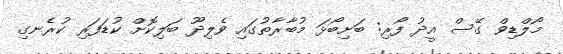
މޯލްޑިވް ގޭސް އީދު ފޯރި: ބަށިބޯޅަ މުބާރާތުގައި ވެލިދޫ ބަލިކޮށް ކުޑަފަރި ކުރެނގި